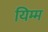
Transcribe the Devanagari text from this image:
यिम्म